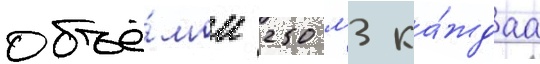
объё́мом 250 м3 ка́ждаа